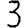
Digit: 3